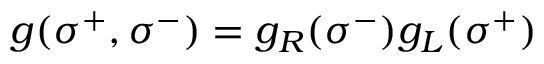
g ( \sigma ^ { + } , \sigma ^ { - } ) = g _ { R } ( \sigma ^ { - } ) g _ { L } ( \sigma ^ { + } )